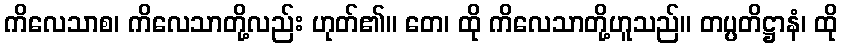
ကိလေသာစ၊ ကိလေသာတို့လည်း ဟုတ်၏။ တေ၊ ထို ကိလေသာတို့ဟူသည်။ တပ္ပတိဋ္ဌာနံ၊ ထို